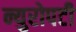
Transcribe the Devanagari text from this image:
न्युरोपटी